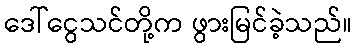
ဒေါ်ငွေသင်တို့က ဖွားမြင်ခဲ့သည်။